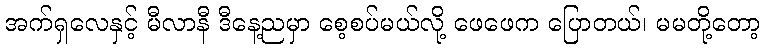
အက်ရှလေနှင့် မီလာနီ ဒီနေ့ညမှာ စေ့စပ်မယ်လို့ ဖေဖေက ပြောတယ်၊ မမတို့တော့